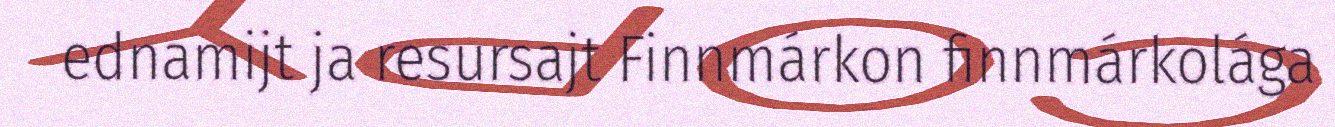
ednamijt ja resursajt Finnmárkon finnmárkolága